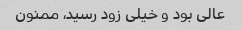
عالی بود و خیلی زود رسید، ممنون